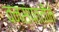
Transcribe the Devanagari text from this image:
वनसंपत्तीने